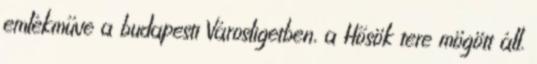
emlékműve a budapesti Városligetben, a Hősök tere mögött áll.